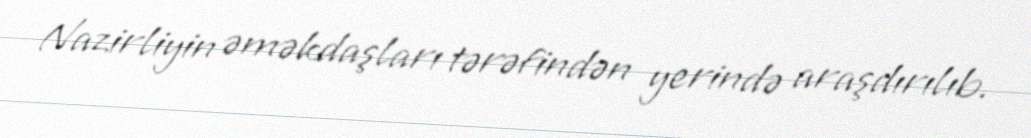
Nazirliyin əməkdaşları tərəfindən yerində araşdırılıb.